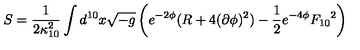
S = \frac { 1 } { 2 \kappa _ { 1 0 } ^ { 2 } } \int d ^ { 1 0 } x \sqrt { - g } \left( e ^ { - 2 \phi } ( R + 4 ( \partial \phi ) ^ { 2 } ) - \frac { 1 } { 2 } e ^ { - 4 \phi } { F _ { 1 0 } } ^ { 2 } \right)